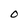
Character: o